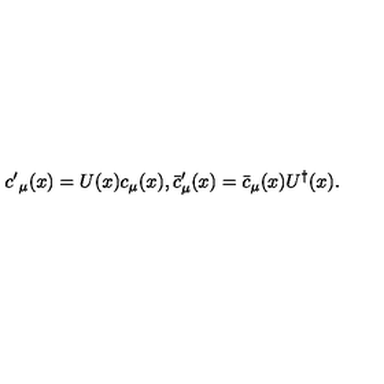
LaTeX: { c ^ { \prime } } _ { \mu } ( x ) = U ( x ) c _ { \mu } ( x ) , { { \bar { c } } ^ { \prime } } _ { \mu } ( x ) = { \bar { c } } _ { \mu } ( x ) U ^ { \dagger } ( x ) .